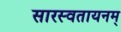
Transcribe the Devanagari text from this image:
सारस्वतायनम्